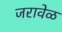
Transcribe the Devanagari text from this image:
जरावेळ